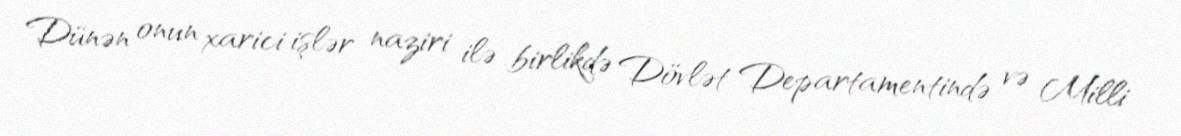
Dünən onun xarici işlər naziri ilə birlikdə Dövlət Departamentində və Milli